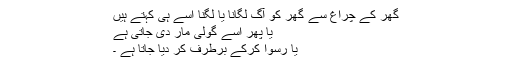
گھر کے چراغ سے گھر کو آگ لگانا یا لگنا اسے ہی کہتے ہیں
یا پھر اسے گولی مار دی جاتی ہے
یا رسوا کرکے برطرف کر دیا جاتا ہے ۔